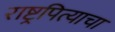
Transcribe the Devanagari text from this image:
राष्ट्रपित्याचा